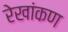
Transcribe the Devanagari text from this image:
रेखांकण